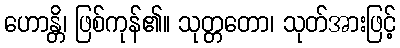
ဟောန္တိ၊ ဖြစ်ကုန်၏။ သုတ္တတော၊ သုတ်အားဖြင့်